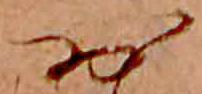
お